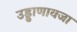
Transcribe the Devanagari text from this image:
उड्डाणावजा